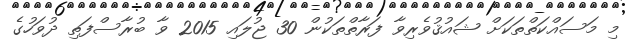
މި މަސައްކަތްތަކަށް ޝައުޤުވެރިވާ ފަރާތްތަކުން 30 ޖުލައި 2015 ވާ ބުރާސްފަތި ދުވަހުގެ